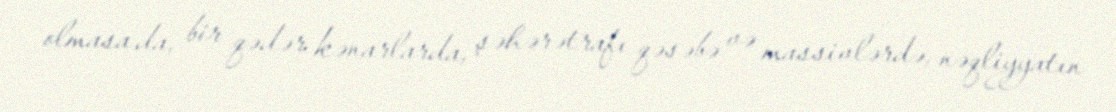
olmasa da, bir qədər kənarlarda, şəhərətrafı qəsəbə və massivlərdə, nəqliyyatın